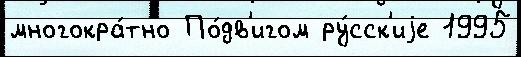
многокра́тно По́дв'игом ру́сск'иjе 1995